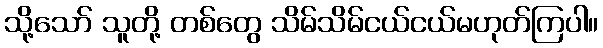
သို့သော် သူတို့ တစ်တွေ သိမ်သိမ်ငယ်ငယ်မဟုတ်ကြပါ။